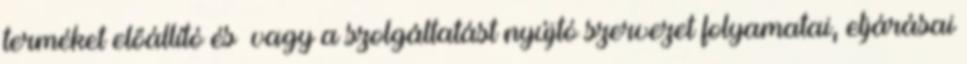
terméket előállító és vagy a szolgáltatást nyújtó szervezet folyamatai, eljárásai